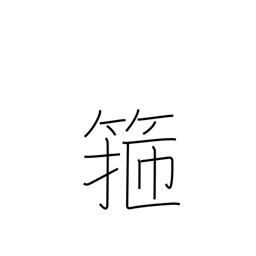
Meaning: barrel hoop